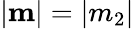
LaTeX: |{\mathbf m}|=|m_{2}|